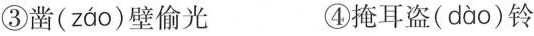
③凿( záo )壁偷光 ④掩耳盗( dào )铃